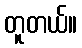
တူတယ်။